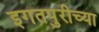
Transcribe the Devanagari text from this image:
इगतपुरीच्या